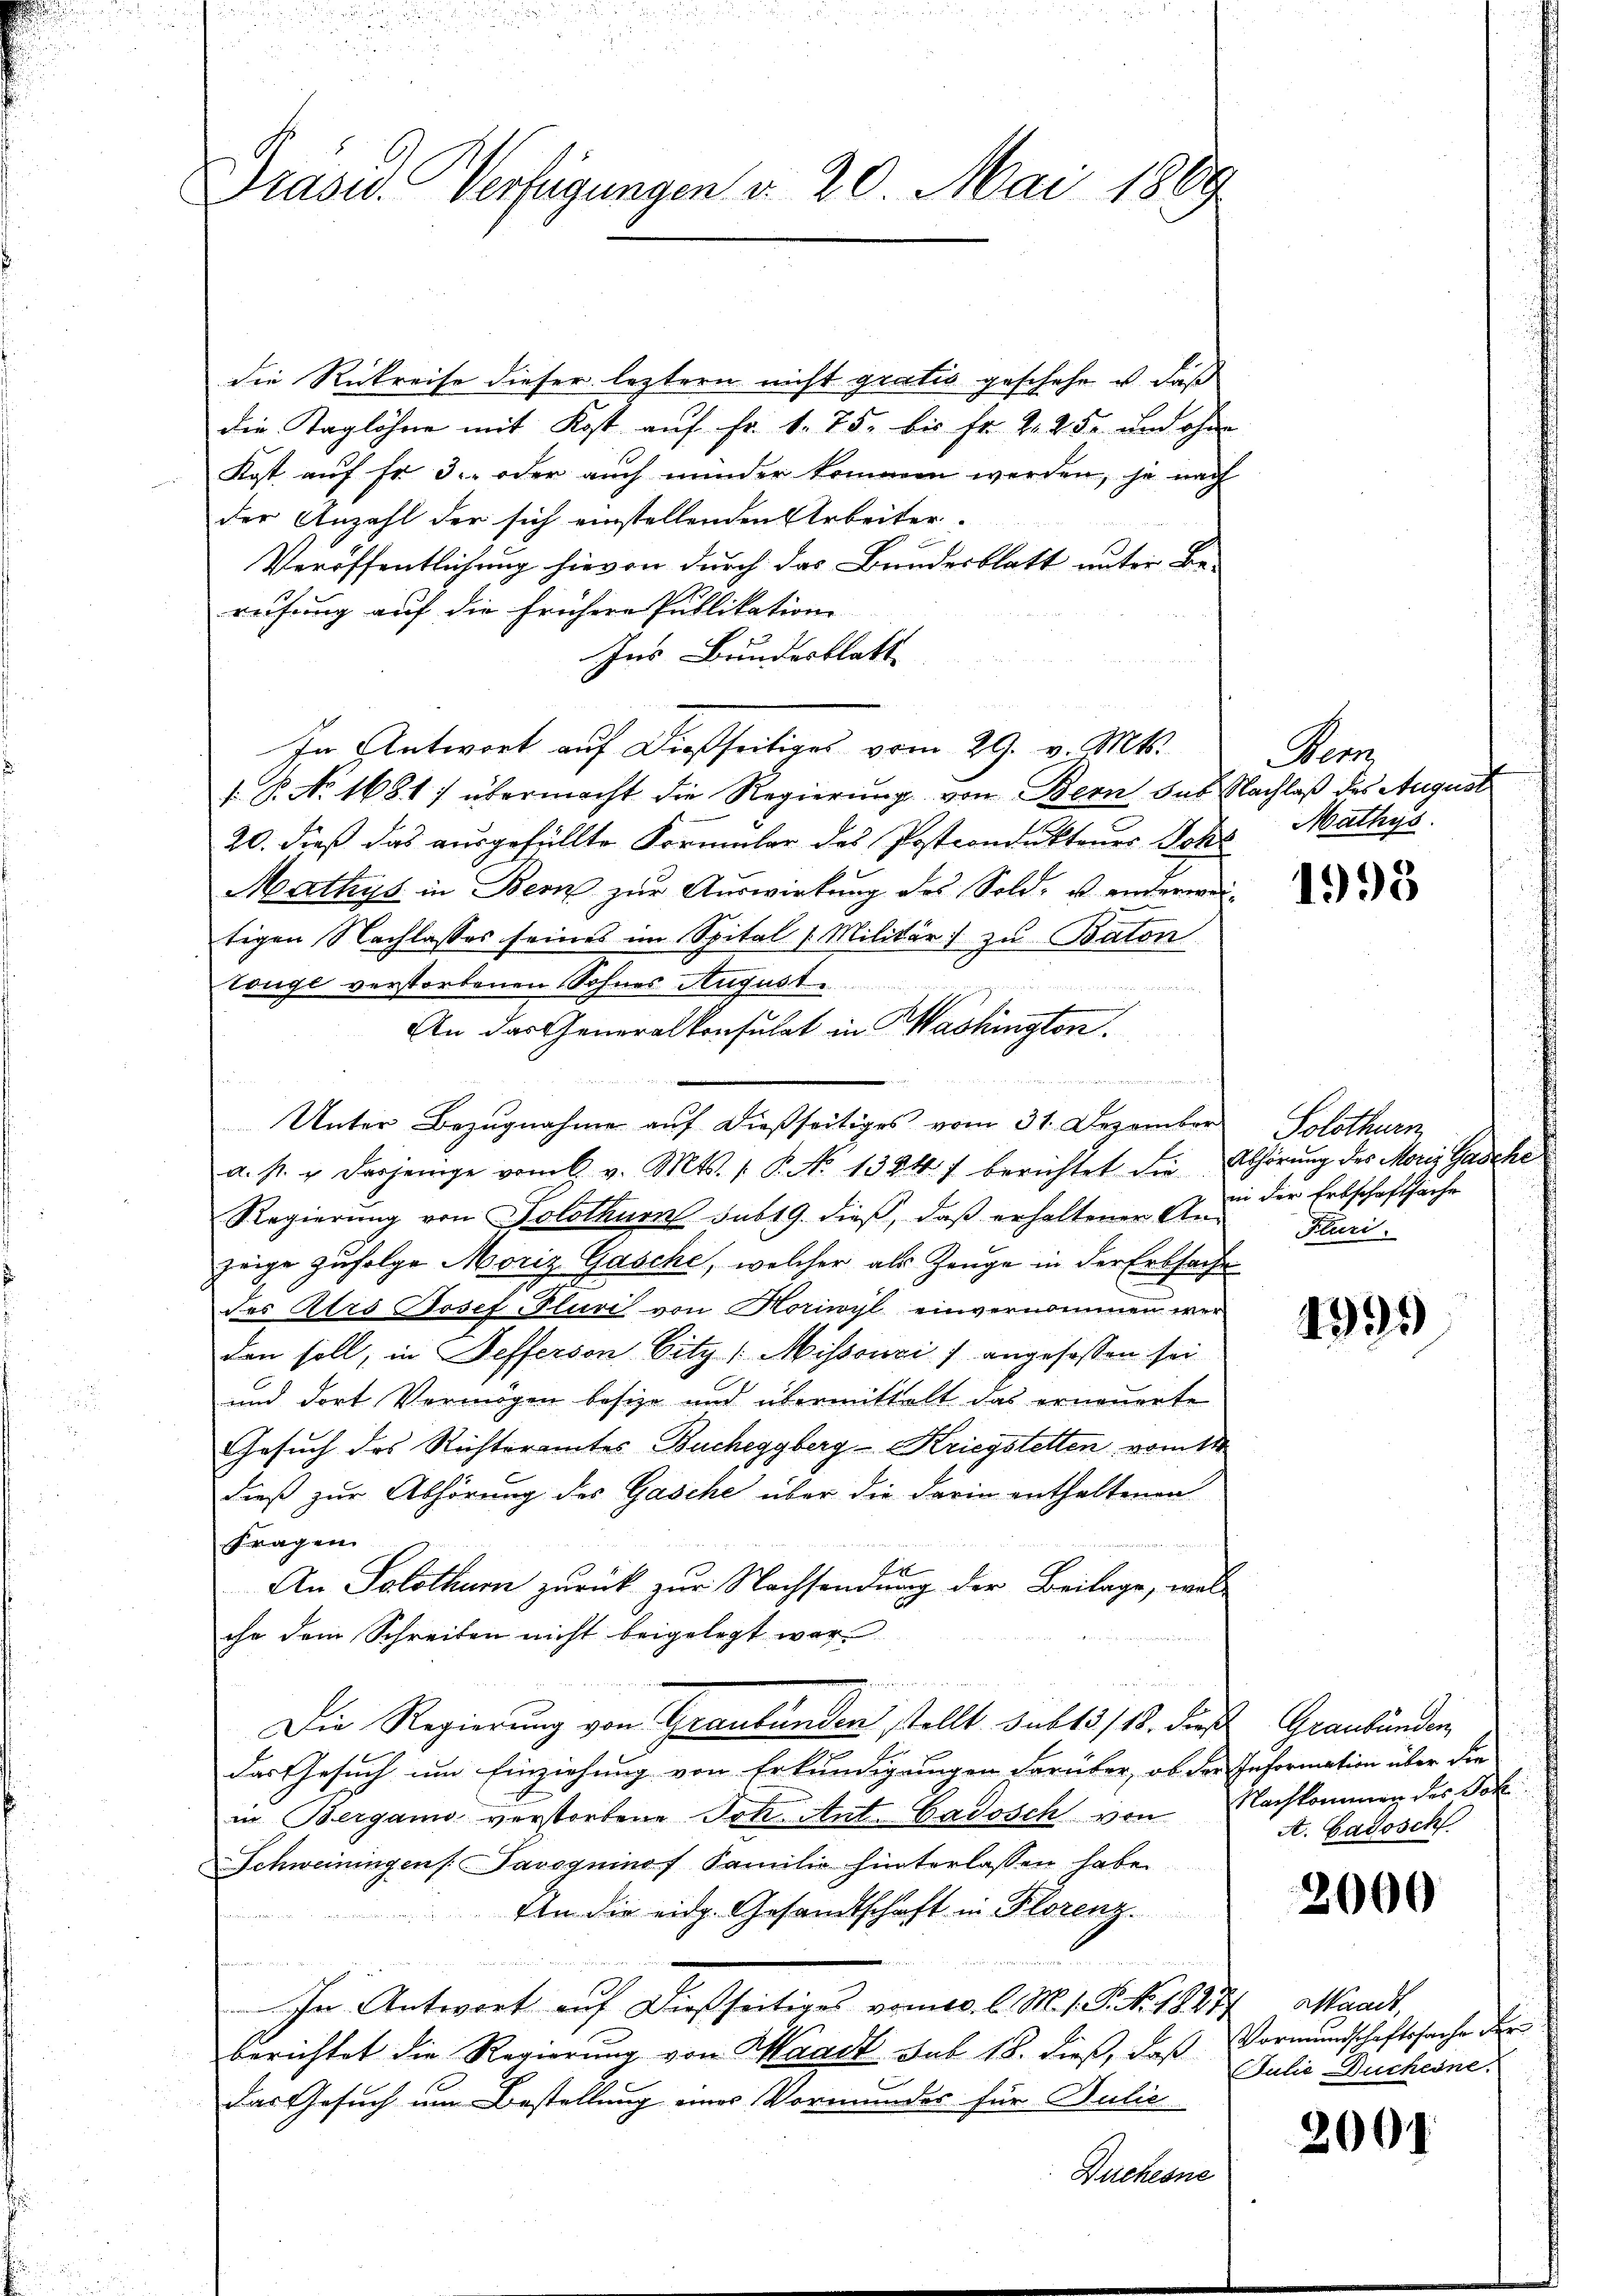
Drasu. Verfügungen d. 20. Mai 1889

die Rückreise dieser leztern nicht grativ geschehe u. daß
die Taglöhne mit Kost auf Fr. 1. 75. bis fr. 2 25 und ohne
Kost auf fr. 3. oder auch minder kommen werden, je nach
der Anzahl der sich einstellenden Arbeiter.
Veröffentlichung hievon durch das Bundesblatt unter Be-
rufung auf die frühere Publikation
Ins Bundesblatt
In Antwort auf dießseitiges vom 29. v. Mts.
s: P. No. 1681) übermacht die Regierung von Bern das Nachlaß des August
20. dieß das ausgefüllte Formular des Postcondukteurs Joh
Mathys in Bern zŭr Aŭswirkŭng des Sold- u anderwei-
tigen Nachlasses seines im Spital Militär) zu Baton
touge verstorbenen Sohnes August
An das Generalkonsulat in Washington.

Unter Bezugnahme auf dießseitiges vom 31. Dezember Solothurn
a. p. u. derjenige vom 6. v. Mts. 1. P. No 1324 f berichtet die Abhörung des Morig Gasche
Regierung von Solothurn sub 19. dieß, daß erhaltener Anzeige Zufolge Moriz Gasche, welcher als Zeuge in der Erbsache
des Ars Josef Fluri von Horiwyl einvernommen wer
den soll, in Nefferson Citz (Missonois angefassen sei
und dort Vermögen besize und übermittelt das erneuerte
Gesuch des Richteramtes Bucheggberg-Kriegstetten vom 11t
dieß zur Abhörung des Gasche über die darin enthaltenen
fragen
An Solothurn zurück zur Nachsendung der Beilage, wel-
ihr dem Schreiben nicht beigelegt war
g
Die Regierung von Graubünden stellt subt3/18. dies Graubünden,
das Gesuch um Einziehung von Erkundigungen darüber, ob der Information über die
in Bergamo verstorbene Joh. Ant. Gadosch von Nachkommen des Sok
Schweiningen Savogninof Familie hinterlassen habe.
An die eidg. Gesandtschaft in Florenz
In Antwort auf dießseitiges vom 10. l. M. 18. No. 1827. Waadt,
berichtet die Regierung von Waadt sub 18. dieß, daß
Das Gesuch um Bestellung eines Vormundes für Julie
Buchesne

Per
Mathys.

1998

in der Erbschaftsache
Fluri

1995

A. Gadosch

2000

Vormundschaftssache der
Julie Ducheine.

2001.